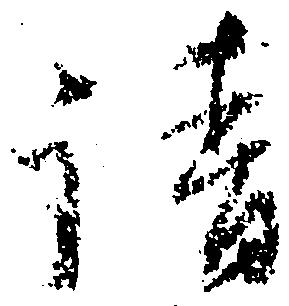
請